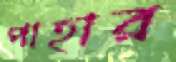
পাহার